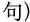
句)